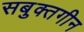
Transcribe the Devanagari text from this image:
सबुक्तगीन